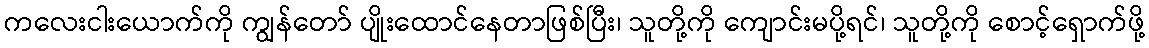
ကလေးငါးယောက်ကို ကျွန်တော် ပျိုးထောင်နေတာဖြစ်ပြီး၊ သူတို့ကို ကျောင်းမပို့ရင်၊ သူတို့ကို စောင့်ရှောက်ဖို့